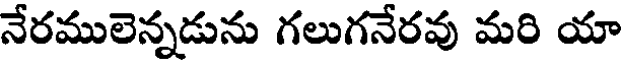
నేరములెన్నడును గలుగనేరవు మరి యా